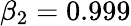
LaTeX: \beta_{2}=0.999